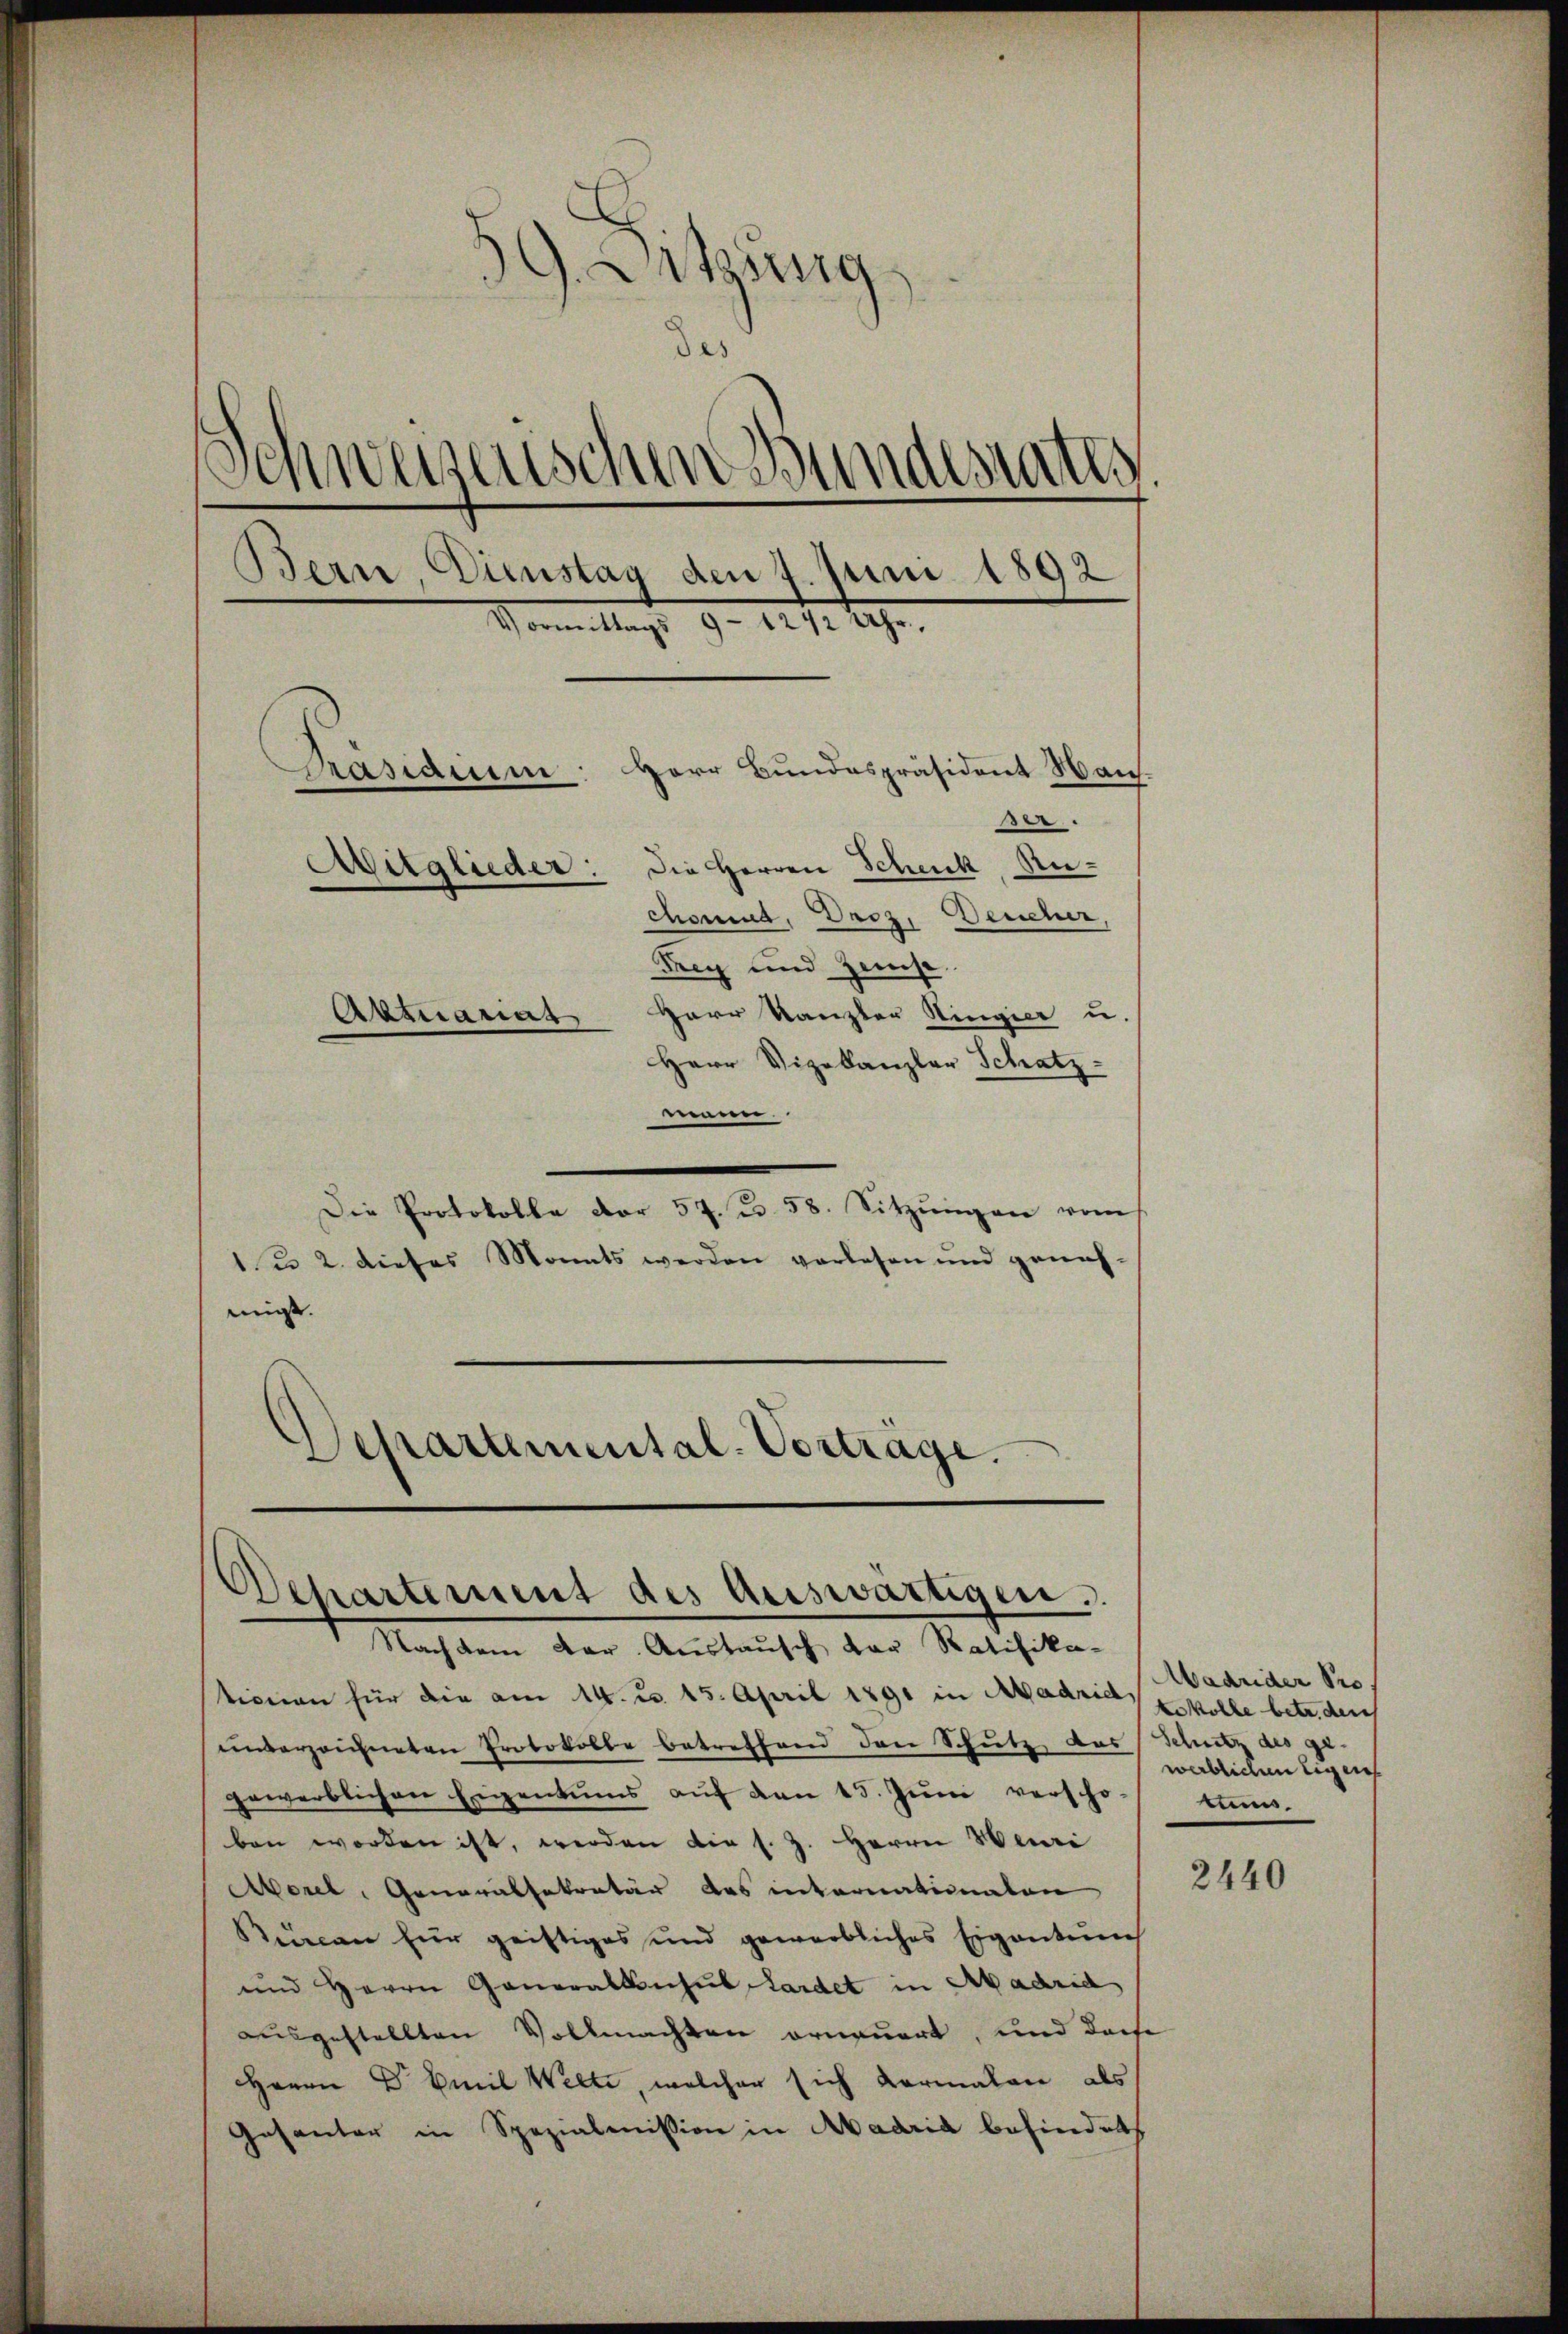
d
9. Sitzung
des
Schweisenschen Bundesrates
Bern, Dienstag den 7. Juni 1892
Vormittags 9 - 1242 Uhr.
Herr Bundespräsident Haus.
Pasaum
183
Mitglieder: Die Herren Schenk, Ru¬
Artuanas

Herr Kanzler Hingier u.
Herr Vizekanzler Schatz
mann.
Die Protokolle der 57. u. 58. Sitzŭngen vom
1 u 2. dieses Monats werden vorlesen und geneh-
migt.

Departemental-Vorträge.

Departement des Auswärtigen.

Nach dem dar. Austausch der Ratifika-
tionen für die am 14. d. 15. April 1891 in Madrich, solle betr. der
unterzeichneten Protokolle betreffend den Schutz das Schutz des ge-
gewerblichen Eigentums aŭf den 15. Jŭni verscho
ben worden ist, werden die s. Z. Herrn Weri
Morel, Generalsekretär das internationalen
Bürcan für geistiges und gewerbliches Eigentum
und Herrn Generalkonsul Lardet in Abadrid
ausgestellten Vollmachten erneuert, und doch
Herrn Dr Emil Welti, welcher sich vormalen als
Gesanter in Spezialmission in Aadria befindet

Madrider Pro
werblichen Eigen
tums.

2440